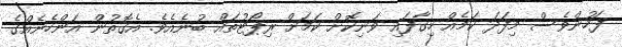
ފަހުންވެސް މިފަދަ ކަމެއް ހިގާފައި ވަނިކޮށް ކަމަށް ރިޕޯޓުތައް ބުނެއެވެ. އެގޮތުން އަންހެނެއްގެ